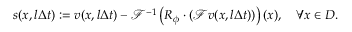
s ( x , l \Delta t ) : = v ( x , l \Delta t ) - \mathcal { F } ^ { - 1 } \left( R _ { \phi } \cdot \left( \mathcal { F } v ( x , l \Delta t ) \right) \right) ( x ) , \quad \forall x \in D .